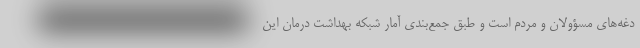
دغه‌های مسؤولان و مردم است و طبق جمع‌بندی آمار شبکه بهداشت درمان این